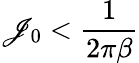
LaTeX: \mathscr{J}_{0}<\frac{{1}}{{2\pi\beta}}